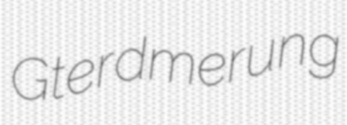
Gterdmerung